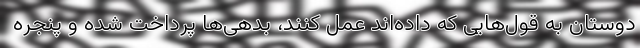
دوستان به قول‌هایی که داده‌اند عمل کنند، بدهی‌ها پرداخت شده و پنجره